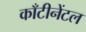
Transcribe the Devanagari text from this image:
काँटीनेंटल